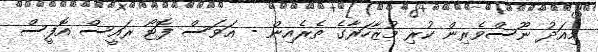
މިއަދު ނޫސްވެރިން ކުރި މުޒާހަރާގެ ތެރެއިން - އަވަސް ފޮޓޯ ރައީސް އޮފީސް